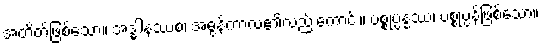
အတိတ်ဖြစ်သော။ အဒ္ဓါနဿစ၊ အဓွန့်ကာလ၏လည်းကောင်း။ ပစ္စုပ္ပန္နဿ၊ ပစ္စုပ္ပန်ဖြစ်သော။